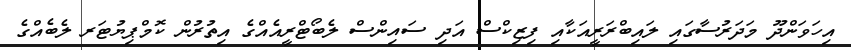
އިހަވަންދޫ މަދަރުސާގައި ލައިބްރަރީއަކާއި ފިޒިކްސް އަދި ސައިންސް ލެބޯޓްރީއެއްގެ އިތުރުން ކޮމްޕިޔުޓަރ ލެބެއްގެ